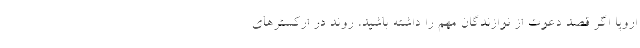
اروپا اگر قصد دعوت از نوازندگان مهم را داشته باشید، روند در ارکسترهای